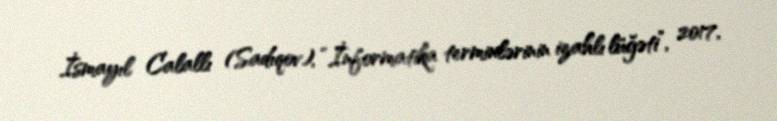
İsmayıl Calallı (Sadıqov), “İnformatika terminlərinin izahlı lüğəti”, 2017,